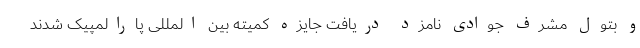
و بتول مشرف جوادی نامزد دریافت جایزه کمیته بین المللی پارالمپیک شدند